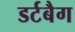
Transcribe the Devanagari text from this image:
डर्टबैग